Lunatic asylums in Bengal annual reports 1912-1924 - 1912-1924
Year: 1912
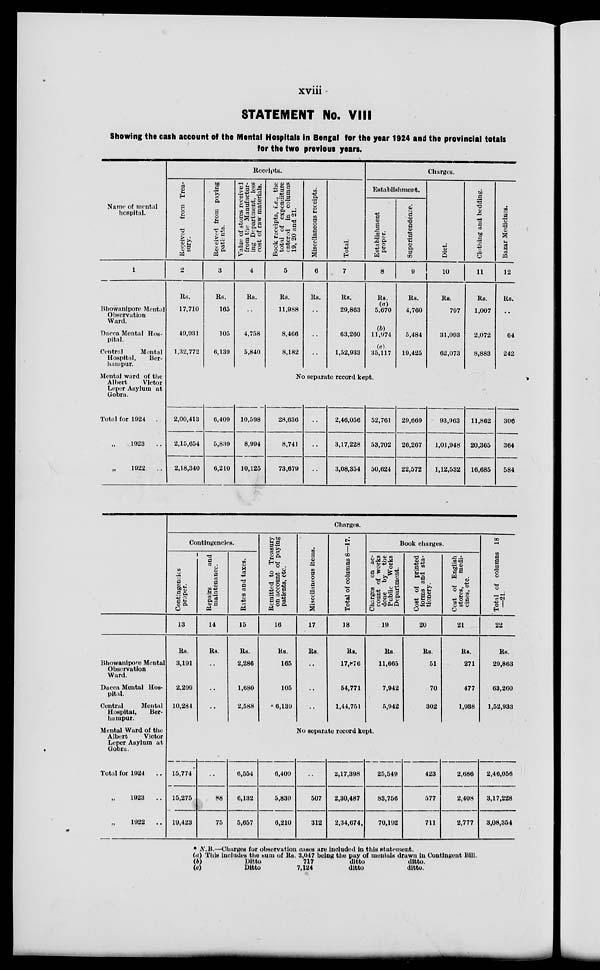
xviii
STATEMENT No. VIII
Showing the cash account of the Mental Hospitals in Bengal for the year 1924 and the provincial totals
for the two previous years.
Name of mental
hospital.
1
Bhowanipore Mental
Observation
Ward.
Dacca Mental Hos-
pital.
Central
Mental
Hospital,
Ber-
hampur.
Mental ward of the
Albert
Victor
Leper Asylum at
Gobra.
Total for 1924 ..
„ 1923
..
„ 1922
..
Receipts.
Received from Trea-
sury.
2
Rs.
17,710
49,931
1,32,772
Received from paying
patients.
3
Rs.
165
105
6,139
Value of stores received
from the Manufactur-
ing Department, less
cost of raw materials.
4
Rs.
..
4,758
5,840
Book receipts, i.e., the
total of expenditure
entered in columns
19, 20 and 21.
5
Rs.
11,988
8,466
8,182
Miscellaneous receipts.
6
Rs.
..
..
..
Total.
7
Rs.
29,863
63,260
1,52,933
Charges.
Establishment.
Establishment
proper.
8
Rs.
(a)
5,670
(b)
11,974
(c)
35,117
Superintendence.
9
Rs.
4,760
5,484
19,425
Diet.
10
Rs.
797
31,093
62,073
Clothing and bedding.
11
Rs.
1,007
2,072
8,883
Bazar Medicines.
12
Rs.
..
64
242
No separate record kept.
2,00,413
2,15,654
2,18,340
6,409
5,839
6,210
10,598
8,994
10,125
28,636
8,741
73,679
..
..
..
2,46,056
3,17,228
3,08,354
52,761
53,702
50,624
29,669
26,267
22,572
93,963
1,01,948
1,12,532
11,862
20,365
16,685
306
364
584
Bhowanipore Mental
Observation
Ward.
Dacca Mental Hos-
pital.
Central
Mental
Hospital,
Ber-
--mpur.
Mental Ward of the
Albert
Victor
Leper Asylum at
Gobra.
Total for 1924
..
„ 1923
..
„ 1922
..
Charges.
Contingencies.
Contingencies
proper.
13
Rs.
3,191
2,299
10,284
Repairs
and
maintenance.
14
Rs.
..
..
..
Rates and taxes.
15
Rs.
2,286
1,680
2,588
Remitted to Treasury
on account of paying
patients, etc.
16
Rs.
165
105
6,139
Miscellaneous items.
17
Rs.
..
..
..
Total of columns 8—17.
18
Rs.
17,876
54,771
1,44,751
Book charges.
Charges on ac-
count of works
done by the
Public
Works
Department.
19
Rs.
11,665
7,942
5,942
Cost of printed
forms and sta-
tionery.
20
Rs.
51
70
302
Cost of English
stores,
medi-
cines, etc.
21
Rs.
271
477
1,938
Total of columns 18
—21.
22
Rs.
29,863
63,260
1,52,933
No separate record kept.
15,774
15,275
19,423
..
88
75
6,554
6,132
5,657
6,409
5,839
6,210
..
507
312
2,17,398
2,30,487
2,34,674
25,549
83,756
70,192
423
577
711
2,686
2,408
2,777
2,46,056
3,17,228
3,08,354
* N.B.—Charges for observation cases are included in this statement.
(a) This includes the sum of Rs. 3,047 being the pay of mentals drawn in Contingent Bill.
(b)
(c)
Ditto
717
ditto
ditto.
Ditto
7,124
ditto
ditto.